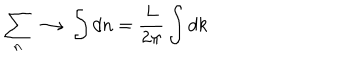
\sum _ { n } \longrightarrow \int d n = \frac { L } { 2 \pi } \int d k